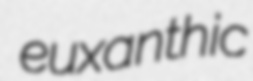
euxanthic